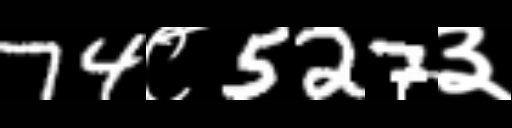
Text: 74८527३